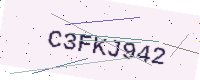
Text: C3FKJ942